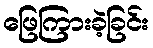
ဖြေကြားခဲ့ခြင်း